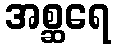
အစ္ဆရေ